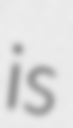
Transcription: is